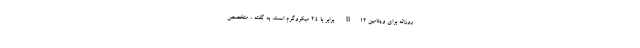
روزانه برای ویتامین B12 برابر با 2.4 میکروگرم است. به گفته ، متخصص